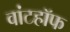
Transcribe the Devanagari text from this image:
वांटहॉफ